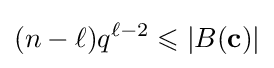
(n-\ell )q^{\ell -2}\leqslant |B(\mathbf {c} )|